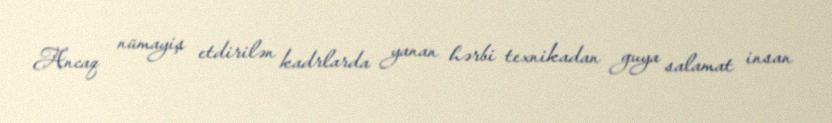
Ancaq nümayiş etdirilən kadrlarda yanan hərbi texnikadan guya salamat insan